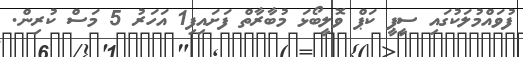
ފުވައްމުލަކުގައި ސީޕީ ކަޕް ވޮލީބޯޅަ މުބާރާތް ފަށައިފި1 އަހަރު 5 މަސް ކުރިން.